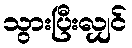
သွားပြီးလျှင်